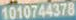
1010744378